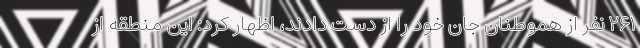
۲۶۱ نفر از هموطنان جان خود را از دست دادند، اظهار کرد: این منطقه از